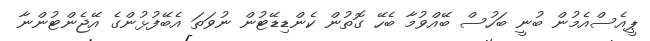
ޕީއެސްއެމުން ބުނީ ބަހުސް ބޭއްވުމާ ބެހޭ ގޮތުން ކެންޑިޑޭޓުން ނުވަތަ އެބޭފުޅުންގެ އޭޖެންޓުންނާ